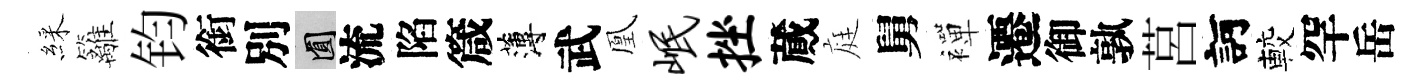
綵籬钧銜別圓流陷箴薄武凰岷挫蕆庭舅襌遷御孰莒訶較罕岳